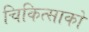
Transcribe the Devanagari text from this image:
चिकित्‍साको